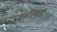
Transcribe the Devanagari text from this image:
वानसपती